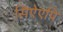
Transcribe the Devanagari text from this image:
सिऐएपि